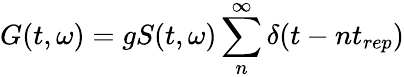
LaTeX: G(t,\omega)=gS(t,\omega)\sum_{n}^{\infty}\delta(t-nt_{rep})